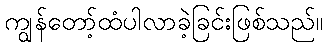
ကျွန်တော့်ထံပါလာခဲ့ခြင်းဖြစ်သည်။